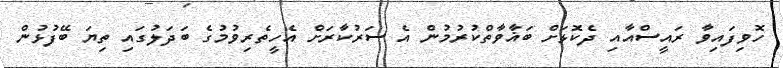
ހޮވިފައިވާ ރައީސްއާއި ދެކޮޅަށް ބަޣާވާތްކުރުމުން އެ ސަރުކާރަށް އެހީތެރިވުމުގެ ބަދަލުގައި ތިޔަ ބޭފުޅުން